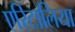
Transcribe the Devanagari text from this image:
एरिटालिया